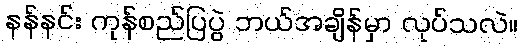
နန်နင်း ကုန်စည်ပြပွဲ ဘယ်အချိန်မှာ လုပ်သလဲ။